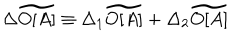
\Delta \widetilde { O [ A ] } \equiv \Delta _ { 1 } \widetilde { O [ A ] } + \Delta _ { 2 } \widetilde { O [ A ] }